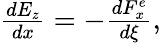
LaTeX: \begin{array}{r}{\frac{dE_{z}}{dx}=-\frac{dF_{x}^{e}}{d\xi},}\end{array}